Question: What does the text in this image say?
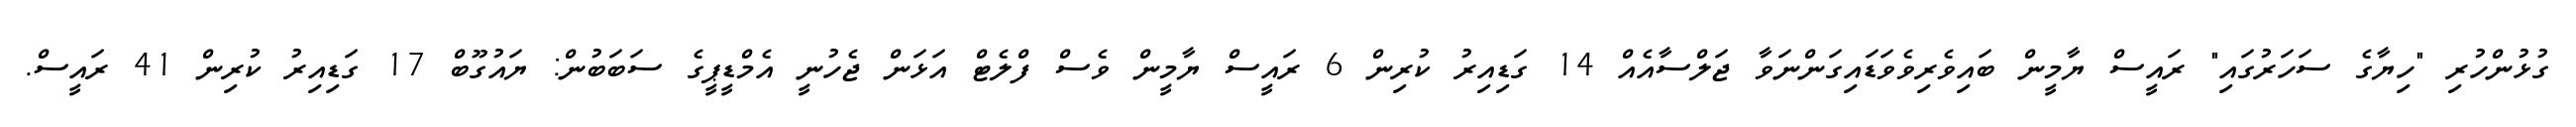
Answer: ގުޅުންހުރި "ހިޔާގެ ސަހަރުގައި" ރައީސް ޔާމީން ބައިވެރިވެވަޑައިގަންނަވާ ޖަލްސާއެއް 14 ގަޑިއިރު ކުރިން 6 ރައީސް ޔާމީން ވެސް ފްލެޓް އަޅަން ޖެހުނީ އެމްޑީޕީގެ ސަބަބުން: ޔައުގޫބް 17 ގަޑިއިރު ކުރިން 41 ރައީސް.